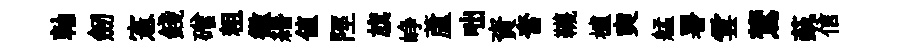
軸劒憲錢磳粗徽緡値陘旗峥蘆咄資奮韈櫨奭艋署雲鷟蓺信